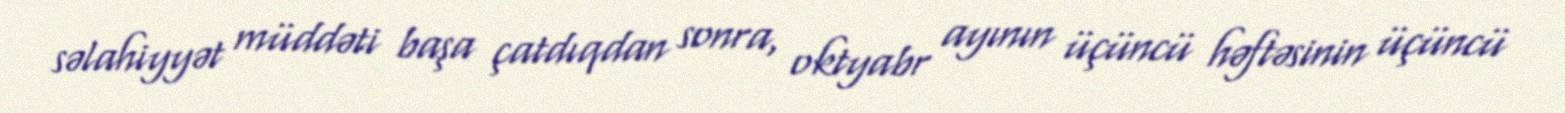
səlahiyyət müddəti başa çatdıqdan sonra, oktyabr ayının üçüncü həftəsinin üçüncü